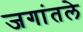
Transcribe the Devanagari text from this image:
जगांतले